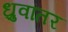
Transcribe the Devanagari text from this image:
ध्रुवांतर